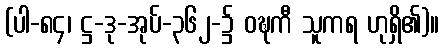
(ပါ-၈၄၊ ဋ္ဌ-ဒု-အုပ်-၃၆၂-၌ ဝဍ္ဎကီ သူကရ ဟုရှိ၏)။